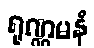
ရုဏ္ဏမနံ